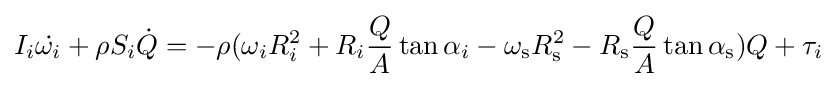
I_{i}{\dot {\omega _{i}}}+\rho S_{i}{\dot {Q}}=-\rho (\omega _{i}R_{i}^{2}+R_{i}{\frac {Q}{A}}\tan {\alpha _{i}}-\omega _{\mathrm {s} }R_{\mathrm {s} }^{2}-R_{\mathrm {s} }{\frac {Q}{A}}\tan {\alpha _{\mathrm {s} }})Q+\tau _{i}